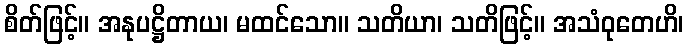
စိတ်ဖြင့်။ အနုပဋ္ဌိတာယ၊ မထင်သော။ သတိယာ၊ သတိဖြင့်။ အသံဝုတေဟိ၊